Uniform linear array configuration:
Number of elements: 12
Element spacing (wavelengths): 0.5
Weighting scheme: exponential
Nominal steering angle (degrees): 30
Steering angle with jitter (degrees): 28.31
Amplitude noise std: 0.05
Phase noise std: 0.05

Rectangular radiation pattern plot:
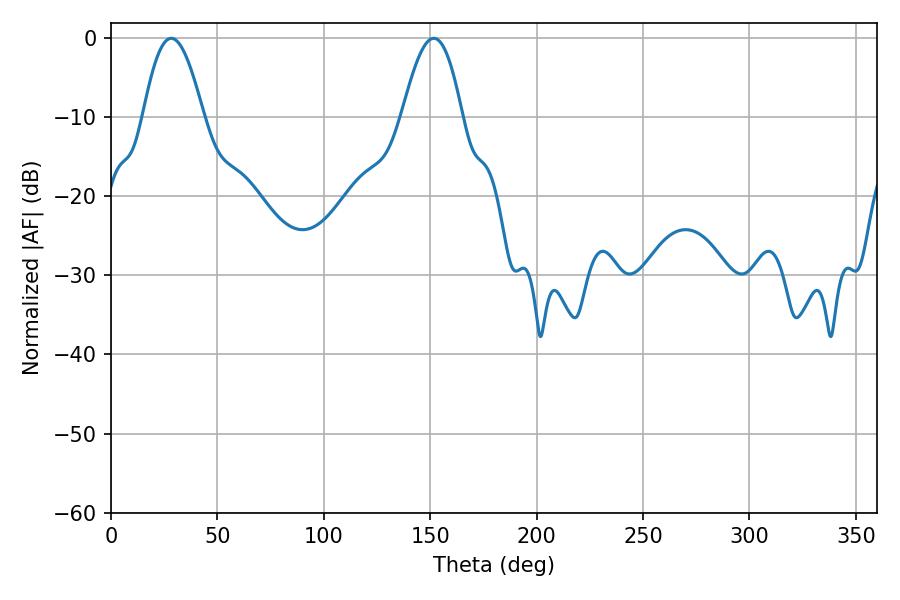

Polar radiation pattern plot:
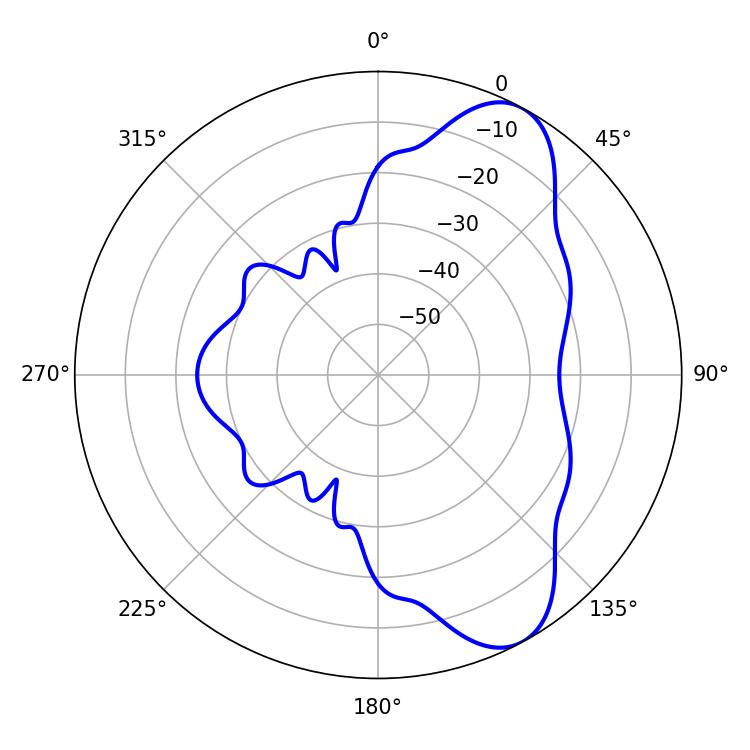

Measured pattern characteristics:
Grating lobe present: FALSE
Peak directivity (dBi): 8.268
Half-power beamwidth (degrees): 15.3
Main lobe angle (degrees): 28.26